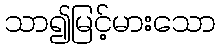
သာ၍မြင့်မားသော